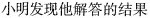
小明发现他解答的结果